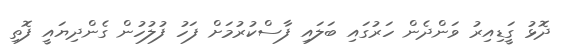
ދޮޅު ގަީޑިއިރު ވަންދެން ހަރުގައި ބަލައި ފާސްކުރުމަށް ފަހު ފުލުހުން ގެންދިޔައީ ފޮތި